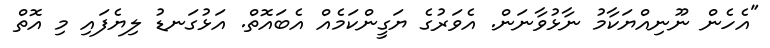
"އެހެން ނޫނިއްޔަކާމު ނާޅުވާނަން. އެވަރުގެ ޔަގީންކަމެއް އެބައޮތް. އަޅުގަނޑު ލިޔެފައި މި އޮތް